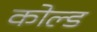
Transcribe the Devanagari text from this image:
कोल्‍ड